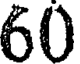
60